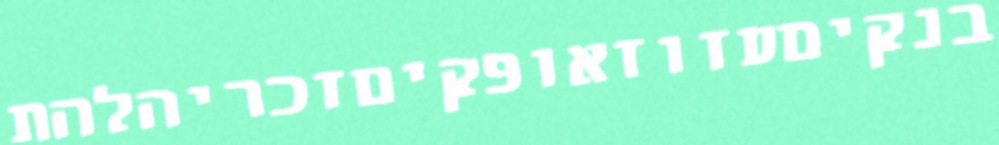
בנקיםעזוזאופקיםזכריהלהת